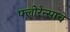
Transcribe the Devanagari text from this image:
फ्लोरेन्साचे